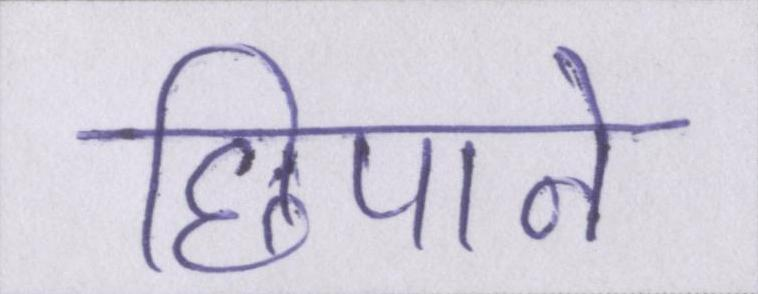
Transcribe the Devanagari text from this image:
छिपाने